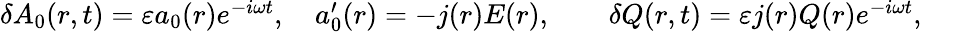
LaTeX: \begin{array}{r}{\delta A_{0}(r,t)=\varepsilon a_{0}(r)e^{-i\omega t},\quad a_{0}^{\prime}(r)=-j(r)E(r),\qquad\delta Q(r,t)=\varepsilon j(r)Q(r)e^{-i\omega t},\qquad}\end{array}